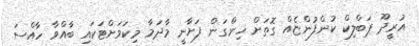
އުރީދޫ ޕަބްލިކް ކުންފުންޏެއް ގޮތަށް ހިންގަން ފަށާނީ މާދަމާ މިކަމަށްޓަކައި ބާއްވާ ހާއްސަ